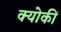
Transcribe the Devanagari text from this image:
क्योकीं